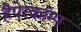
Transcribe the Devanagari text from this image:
हैपेरकॉम्प